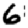
Digit: 6